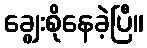
ချွေးစိုနေခဲ့ပြီ။